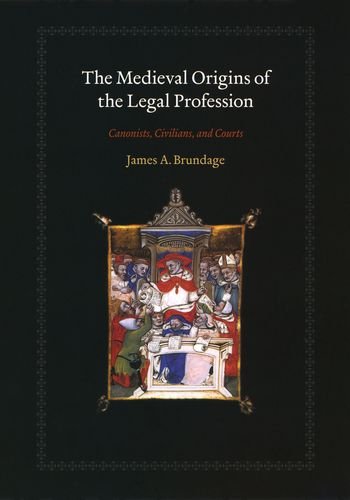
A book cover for The Medieval Origins of the Legal Profession: Canonists, Civilians, and Courts; James A. Brundage; Law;